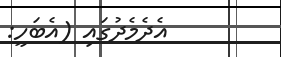
އެދެމެދުގައި (އެބަހީ: